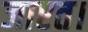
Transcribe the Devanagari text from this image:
जाएत।